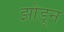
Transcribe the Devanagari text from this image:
झोडून